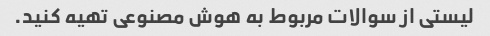
لیستی از سوالات مربوط به هوش مصنوعی تهیه کنید.